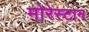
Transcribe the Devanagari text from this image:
मोरेस्टान